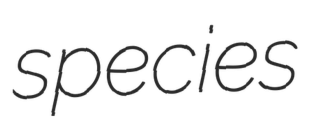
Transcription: species